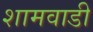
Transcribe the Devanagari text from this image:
शामवाडी